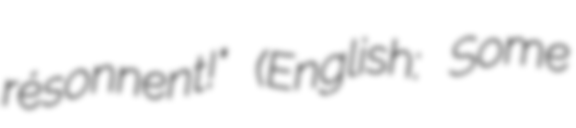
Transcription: résonnent!" (English: Some